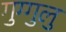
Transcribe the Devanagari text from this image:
गुग्गुलु